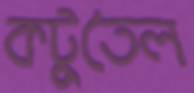
কটুতৈল